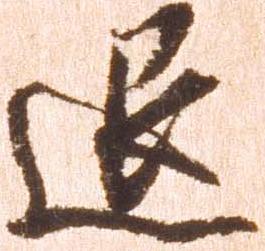
退